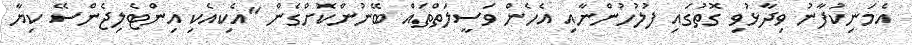
އެމަނިކުފާނު ވިދާޅުވި ގޮތުގައި ފުލުހުންނާއި އެހެން ވަސީލަތްތައް ބޭނުންކޮށްގެން "އެކިއެކި އިންޓެލިޖެންސޭ ކިޔާ